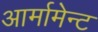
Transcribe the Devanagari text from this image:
आर्मामेन्ट